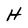
Character: H